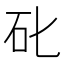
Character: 䂗